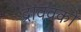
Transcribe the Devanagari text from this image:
द्राववकों